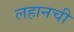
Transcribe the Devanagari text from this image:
लहानची